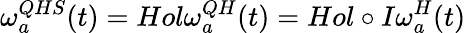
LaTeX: \omega_{a}^{QHS}(t)=Hol\omega_{a}^{QH}(t)=Hol\circ I\omega_{a}^{H}(t)